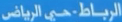
الرياضـة، حي الرياض